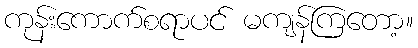
ကုန်းကောက်စရာပင် မကျန်ကြတော့။